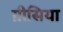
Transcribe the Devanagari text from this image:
ग्रीसिया